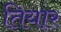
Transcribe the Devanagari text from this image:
तियार